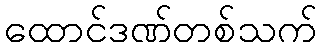
ထောင်ဒဏ်တစ်သက်